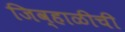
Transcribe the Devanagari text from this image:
जिव्हाळीची